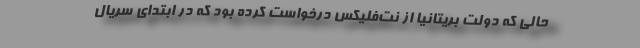
حالی که دولت بریتانیا از نت‌فلیکس درخواست کرده بود که در ابتدای سریال